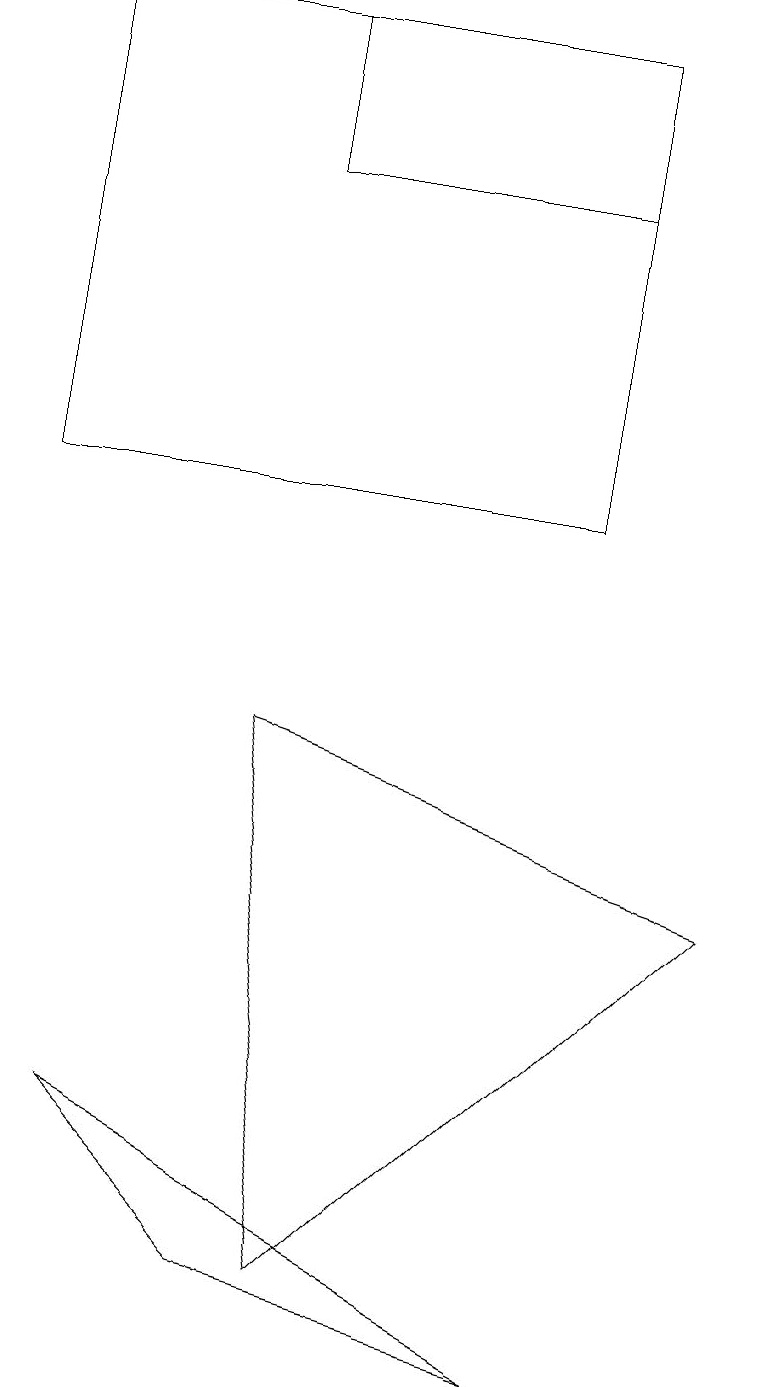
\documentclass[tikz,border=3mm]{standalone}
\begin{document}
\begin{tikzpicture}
\draw (7,16) rectangle (3,18);
\draw (9,7) -- (3,9) -- (4,2) -- cycle;
\draw (7,1) -- (3,2) -- (1,4) -- cycle;
\draw (7,18) rectangle (0,12);
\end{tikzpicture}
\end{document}